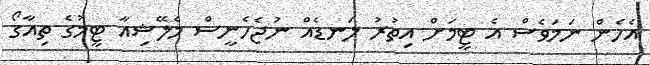
އެހެން ނަމަވެސް އެ ޓީމަށް އިތުރު ލަނޑެއް ނުޖެހެނީސް މެލޭޝިއާ ޓީމުގެ ތިއާގޯ